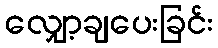
လျှော့ချပေးခြင်း